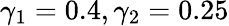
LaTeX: \gamma_{1}=0.4,\gamma_{2}=0.25